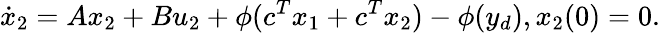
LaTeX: {\dot{x}}_{2}=Ax_{2}+Bu_{2}+\phi(c^{T}x_{1}+c^{T}x_{2})-\phi(y_{d}),x_{2}(0)=0.